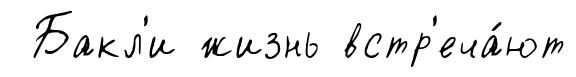
Бакл'и жизнь встр'еча́ют